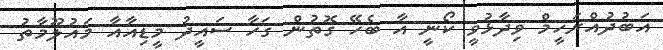
އަބުދުއްރަހީމް ވިދާޅުވީ ކޯނީ އާ ބެހޭ ގޮތުން ގަހާ ސައީދު މީޑިއާއާ މައުލޫމާތު